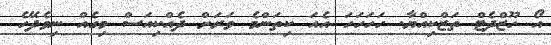
އޯ ހޫޒްދެޓް ތަޒްކިއްޔާ. ހަހަހަހަ އެއަ ކިތަންމެ ވަރަށް ދެއްކިއަސް މިގެއް ނިވެދޭހެ